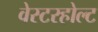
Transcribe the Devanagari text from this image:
वेस्टरहोल्ट